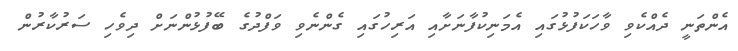
އެންތަނީ ދެއްކެވި ވާހަކަފުޅުގައި އެމަނިކުފާނަށާއި އަރިހުގައި ގެންނެވި ވަފްދުގެ ބޭފުޅުންނަށް ދިވެހި ސަރުކާރުން